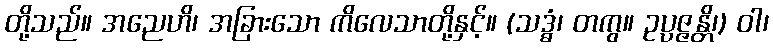
တို့သည်။ အညေဟိ၊ အခြားသော ကိလေသာတို့နှင့်။ (သဒ္ဓံ၊ တကွ။ ဥပ္ပဇ္ဇန္တိ၊) ဝါ၊